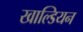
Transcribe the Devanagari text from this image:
खाल्डियन